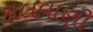
કાલવાણી